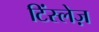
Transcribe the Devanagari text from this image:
टिंस्लेज़